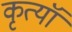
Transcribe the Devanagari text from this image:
कृत्यॉ